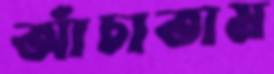
আঁচাতাম